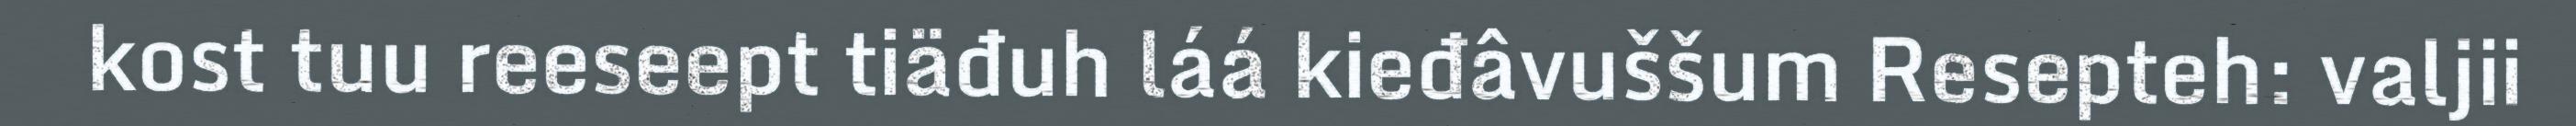
kost tuu reeseept tiäđuh láá kieđâvuššum Resepteh: valjii